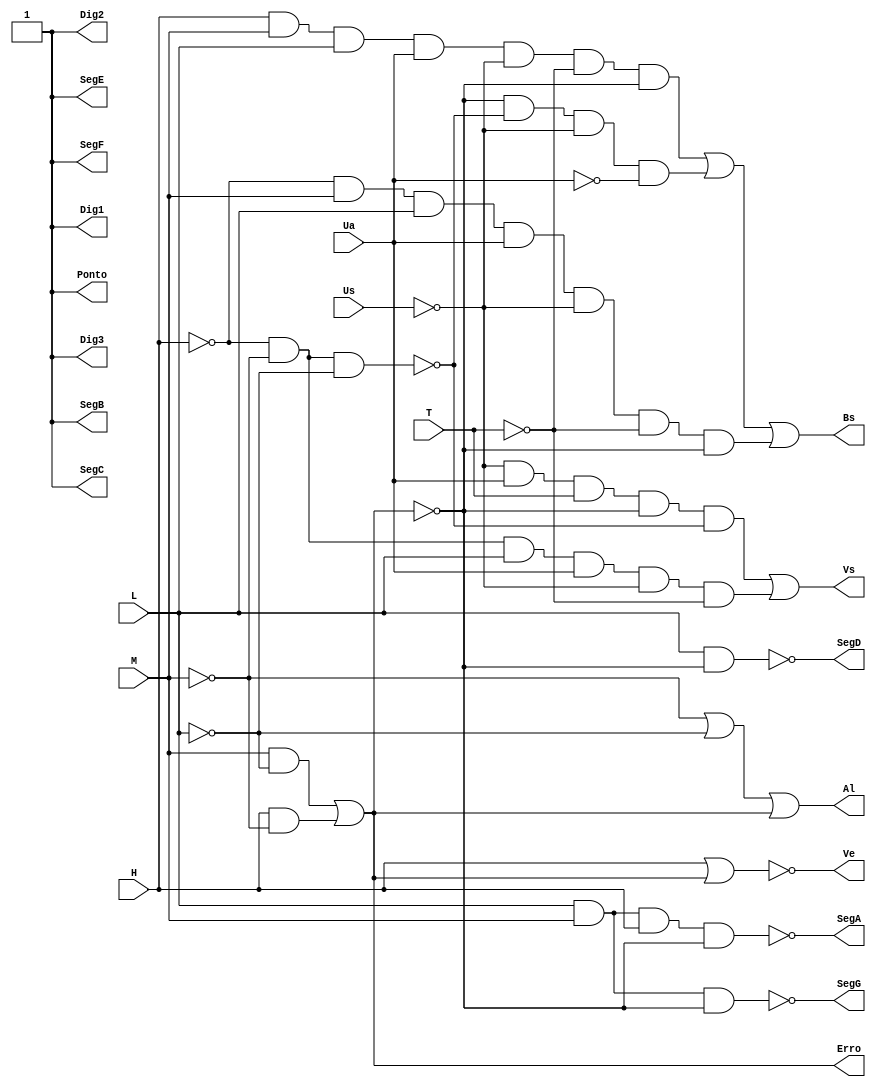
module ErroCaixa(Us, Ua, H, T, M, L, Vs, Bs, Al, Erro, Ve, Dig1, Dig2, Dig3, SegA, SegB, SegC, SegD, SegE, SegF, SegG, Ponto);

input Us, Ua, T, H, M, L;
output Vs, Bs, Al,Erro, Ve, Dig1, Dig2, Dig3, SegA, SegB, SegC, SegD, SegE, SegF, SegG, Ponto;

/*
    Vs (Gotejamento)= Ua ~Us ~Erro ~Medio Baixo ~Vazio + Ua ~Us T ~Erro ~Vazio
    Bs (Aspercao)= ~Erro ~Vazio ~Us ~Ua + ~Us Ua ~T Medio ~Baixo ~Vazio ~Erro
    Al (Alarme)= ~M + ~L
    Cheio = H M L
    Medio = ~H M L
    Baixo = ~H ~M L
    Critico = ~H ~M ~L
    Erro = M ~L + H ~M
    Ve (Vavula entrada) = ~H ~M + ~H L
*/

//=================DEFINICOES===========
wire Hinv, Minv, Linv, Erroinv, Uainv, Usinv, Vazioinv, Baixoinv, Medioinv, Cheioinv, Tinv;
not N1(Hinv, H);
not N2(Minv, M);
not N3(Linv, L);
not N4(Erroinv, Erro);
not N5(Uainv, Ua);
not N6(Usinv, Us);
not N7(Vazioinv, Vazio);
not N8(Tinv, T);
not N9(Baixoinv, Baixo);
not N10(Medioinv, Medio);
not N11(Cheioinv, Cheio);

// Vazio = ~H ~M ~L
wire vazio, medio, baixo;
and V1 (Vazio, Hinv, Minv, Linv);

// Baixo = ~H ~M L
and B1 (Baixo, Hinv, Minv, L);

// Medio = ~H M L
and M1 (Medio, Hinv, M, L);

// Cheio = H M L
and C1 (Cheio, H, M, L);

// Erro = M ~L + H ~M
wire ErA, ErB;
and E2 (ErA, M, Linv);
and E3 (ErB, H, Minv);
or E4 (Erro, ErA, ErB);

//Valvula de entrada
//Ve = ~H * ~M + ~H * L
wire VeA, VeB;
or H3 (VeA, H, Erro);
not H4 (Ve, VeA);

//Al = ~M + ~L + Erro
or A1(Al, Minv, Linv, Erro);

// ~H ~M L ~Us Ua + ML ~Us Ua T
// Vs (Gotejamento) = Ua ~Us ~Erro ~Medio Baixo ~Vazio + Ua ~Us ~Erro T ~Vazio
wire VsA, VsB;
and VS1 (VsA, Usinv, Ua, T, Erroinv, Vazioinv);
//and VS2 (VsB, Hinv, M, L, Ua, Usinv, Tinv);
and VS4 (VsC, Hinv, Minv, L, Ua, Usinv, Tinv);
or VS3 (Vs, VsA, VsC);
/*and VS1 (VsA, Hinv, Minv, L, Usinv, Ua);
and VS2 (VsB, M, L, Usinv, Ua, T);
or VS3 (Vs, VsA, VsB);*/

// ~H L ~Us ~Ua + ML ~Us ~Ua + ML ~Us ~T
//Bs (Aspercao)= ~Erro ~Vazio ~Us ~Ua + ~Us Ua ~T Medio ~Baixo ~Vazio ~Er
wire BsA, BsB, BsC;
and BS1 (BsA, Erroinv, Vazioinv, Usinv, Uainv);
and BS2 (BsB, H, M, L, Ua, Usinv, Tinv, Erroinv);
and BS3 (BsC, Hinv, M, L, Ua, Usinv, Tinv, Erroinv);
or BS3 (Bs, BsB, BsA, BsC);
/*and BS1 (BsA, Hinv, L, Usinv, Uainv);
and BS2 (BsB, M, L, Usinv, Uainv);
and BS3 (BsC, M, L, Usinv, Tinv);
or BS4(Bs, BsA, BsB, BsC);*/

//========================
not (Dig1, 0);
not (Dig2, 0);
not (Dig3, 0);
not (SegB, 0);
not (SegC, 0);
not (SegE, 0);
not (SegF, 0);
not (Ponto, 0);

wire LedD, LedG, LedA;

// Minimo
and (LedD, L, Erroinv);
not (SegD, LedD);

// Medio
and (LedG, L, M, Erroinv);
not (SegG, LedG);

// Alto
and (LedA, L, M, H, Erroinv);
not (SegA, LedA);
//========================

endmodule